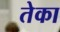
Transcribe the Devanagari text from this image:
तेका